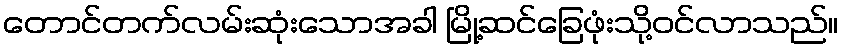
တောင်တက်လမ်းဆုံးသောအခါ မြို့ဆင်ခြေဖုံးသို့ဝင်လာသည်။